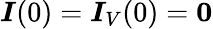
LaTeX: \boldsymbol{I}(0)=\boldsymbol{I}_{V}(0)=\boldsymbol{0}